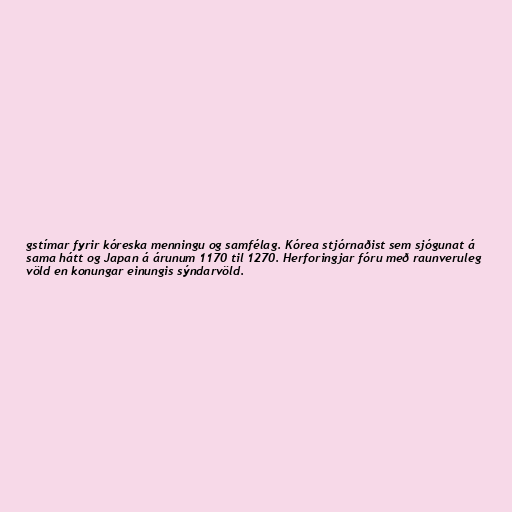
gstímar fyrir kóreska menningu og samfélag. Kórea stjórnaðist sem sjógunat á
sama hátt og Japan á árunum 1170 til 1270. Herforingjar fóru með raunveruleg
völd en konungar einungis sýndarvöld.